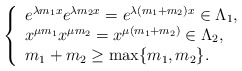
\begin{align*} \left\{ \begin{array}{l} e^{\lambda m_1x}e^{\lambda m_2x}=e^{\lambda (m_1+m_2)x}\in \Lambda_1,\\ x^{\mu m_1}x^{\mu m_2}=x^{\mu (m_1+m_2)}\in \Lambda_2,\\ m_1+m_2\geq\max\{m_1,m_2\}. \end{array} \right. \end{align*}